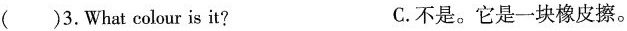
()3.What colour is it? C.不是。它是一块橡皮擦。